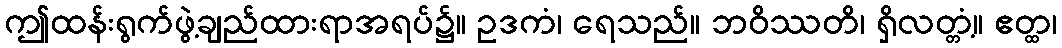
ဤထန်းရွက်ဖွဲ့ချည်ထားရာအရပ်၌။ ဥဒကံ၊ ရေသည်။ ဘဝိဿတိ၊ ရှိလတ္တံ့။ ဧတ္ထ၊